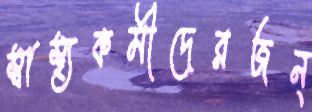
স্বাস্থ্যকর্মীদেরজন্